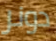
دونر